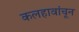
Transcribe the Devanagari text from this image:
कलहावांचून